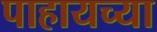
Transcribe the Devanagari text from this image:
पाहायच्या